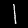
Label: 1